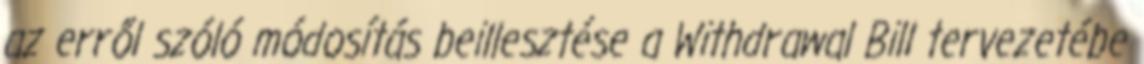
az erről szóló módosítás beillesztése a Withdrawal Bill tervezetébe